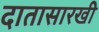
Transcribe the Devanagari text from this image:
दातासारखी